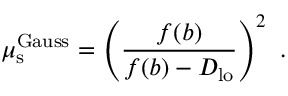
\mu _ { \mathrm { s } } ^ { \mathrm { G a u s s } } = \left( \frac { f ( b ) } { f ( b ) - D _ { \mathrm { l o } } } \right) ^ { 2 } \ .